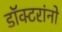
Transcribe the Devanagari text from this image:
डॉक्‍टरांनो